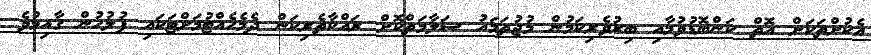
އެކުށްތަކަށް އޮތް ކަންބޮޑުވުމާއި ބިރުވެރިކަމުން މުޖުތަމައު ސަލާމަތްކޮށް ރައްކާތެރިކަން ދެމެހެއްޓުމަށްޓަކައި ފުލުހުން ގާއިމުވެ